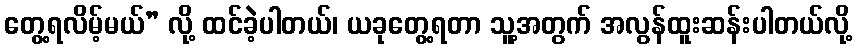
တွေ့ရလိမ့်မယ်” လို့ ထင်ခဲ့ပါတယ်၊ ယခုတွေ့ရတာ သူ့အတွက် အလွန်ထူးဆန်းပါတယ်လို့